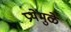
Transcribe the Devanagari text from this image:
प्रथेमुळे